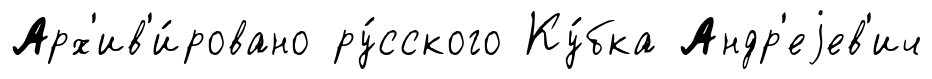
Арх'ив'и́ровано ру́сского Ку́бка Андр'еjев'ич